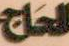
الحاج